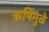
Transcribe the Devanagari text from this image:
ऋषिंमुळे